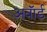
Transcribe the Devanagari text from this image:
अवाॅर्ड